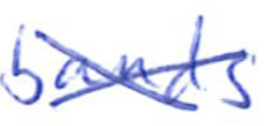
Text: bands
Cross-out: cross
Writing tool: ballpoint